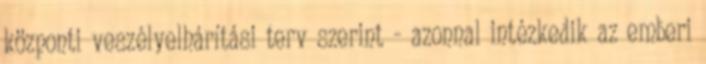
központi veszélyelhárítási terv szerint - azonnal intézkedik az emberi